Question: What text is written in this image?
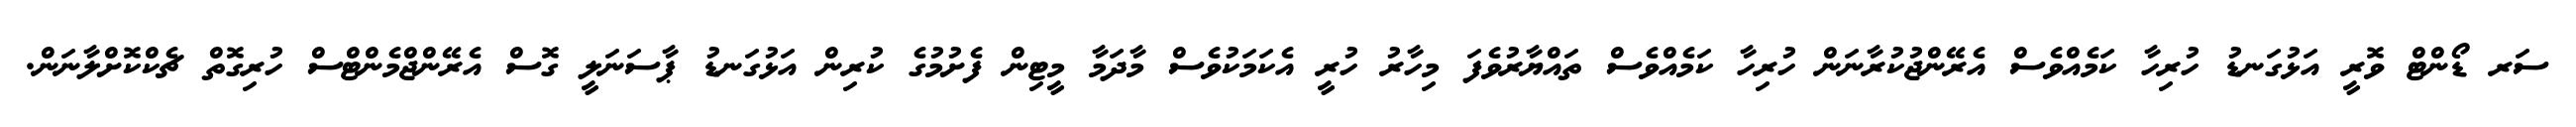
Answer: ސަރ ޑޯންޓް ވޮރީ އަޅުގަނޑު ހުރިހާ ކަމެއްވެސް އެރޭންޖުކުރާނަން ހުރިހާ ކަމެއްވެސް ތައްޔާރުވެފަ މިހާރު ހުރީ އެކަމަކުވެސް މާދަމާ މީޓިން ފެށުމުގެ ކުރިން އަޅުގަނޑު ޕާސަނަލީ ގޮސް އެރޭންޖްމެންޓްސް ހުރިގޮތް ޗެކްކޮށްލާނަން.